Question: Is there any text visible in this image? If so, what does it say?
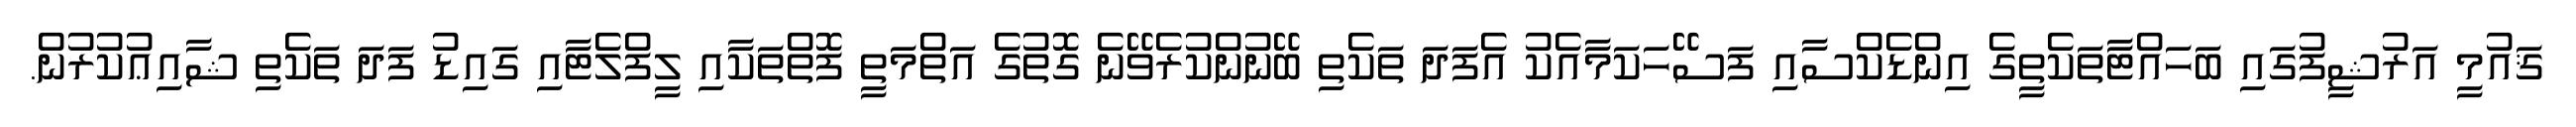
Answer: ޤައުމީ އަރުޝީފުގައި ބަހައްޓާތަކެތީގެ އިންޑެކްސާއި ފަސޭހަކަމާއެކު އެފަދަ ތަކެތި ބޭނުންކުރެވޭނެ ގޮތުގެ އަތްމަތީ ފޮތްތަކާއި ލީފްލެޓާއި ގައިޑު ފަދަ ތަކެތި ޝާއިޢުކުރުން.